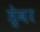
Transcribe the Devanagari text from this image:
ड्रेवर